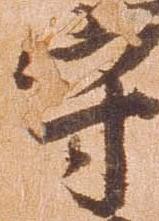
守